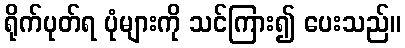
ရိုက်ပုတ်ရ ပုံများကို သင်ကြား၍ ပေးသည်။